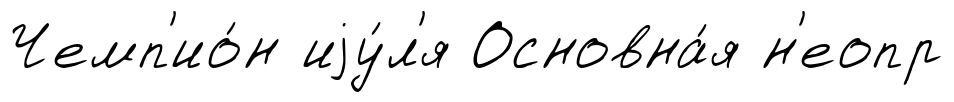
Чемп'ио́н иjу́л'я Основна́я н'еопр